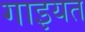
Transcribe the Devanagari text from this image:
गाइयत